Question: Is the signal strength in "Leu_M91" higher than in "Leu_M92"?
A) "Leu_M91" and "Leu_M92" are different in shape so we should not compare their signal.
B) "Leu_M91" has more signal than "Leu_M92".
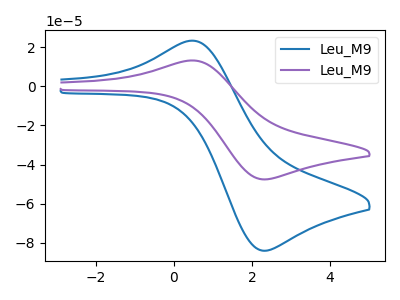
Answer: <think>The blue curve "Leu_M91" has an anodic peak at (0.55V, 23.20uA) and a cathodic peak at (2.30V, -84.05uA). The purple curve "Leu_M92" has an anodic peak at (0.55V, 13.15uA) and a cathodic peak at (2.30V, -47.60uA).
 All the peaks in "Leu_M91" have a peak in "Leu_M92" at the same potential. Every peak in "Leu_M91" is higher than every peak in "Leu_M92".</think>
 <answer>B) "Leu_M91" has more signal than "Leu_M92".</answer>
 <eval>B</eval>